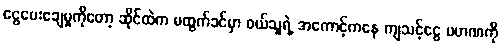
ငွေပေးချေမှုကိုတော့ ဆိုင်ထဲက မထွက်ခင်မှာ ဝယ်သူရဲ့ အကောင့်ကနေ ကျသင့်ငွေ ပမာဏကို